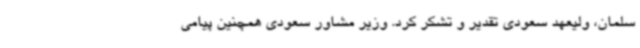
سلمان، ولیعهد سعودی تقدیر و تشکر کرد. وزیر مشاور سعودی همچنین پیامی